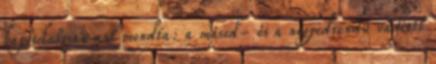
kapcsolatosan azt mondta: a másod- és a negyedrendű vádlott